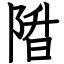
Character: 陹